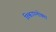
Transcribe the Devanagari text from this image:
विश्वउपभोक्ता